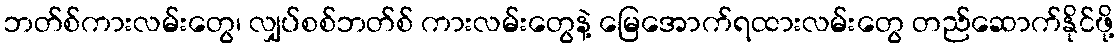
ဘတ်စ်ကားလမ်းတွေ၊ လျှပ်စစ်ဘတ်စ် ကားလမ်းတွေနဲ့ မြေအောက်ရထားလမ်းတွေ တည်ဆောက်နိုင်ဖို့